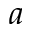
a